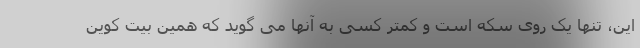
این، تنها یک روی سکه است و کمتر کسی به آنها می گوید که همین بیت کوین